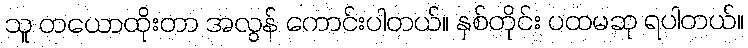
သူ တယောထိုးတာ အလွန် ကောင်းပါတယ်။ နှစ်တိုင်း ပထမဆု ရပါတယ်။